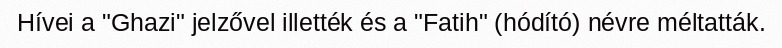
Hívei a "Ghazi" jelzővel illették és a "Fatih" (hódító) névre méltatták.